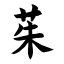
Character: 茱